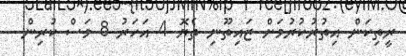
ރީތިކަން އިތުރުކުރުމަށް ޒައިތޫނި ތެޔޮ 4 އަހަރު 8 މަސް ކުރިން -